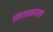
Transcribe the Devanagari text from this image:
सहजासनात